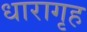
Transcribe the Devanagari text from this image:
धारागृह